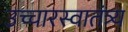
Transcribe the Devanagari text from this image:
उच्चारस्वातंत्र्य